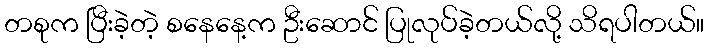
တစုက ပြီးခဲ့တဲ့ စနေနေ့က ဦးဆောင် ပြုလုပ်ခဲ့တယ်လို့ သိရပါတယ်။